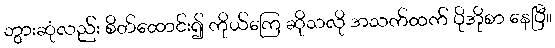
ဘွားဆုံလည်း စိတ်ထောင်း၍ ကိုယ်ကြေ ဆိုသလို အသက်ထက် ပိုအိုစာ နေပြီ။